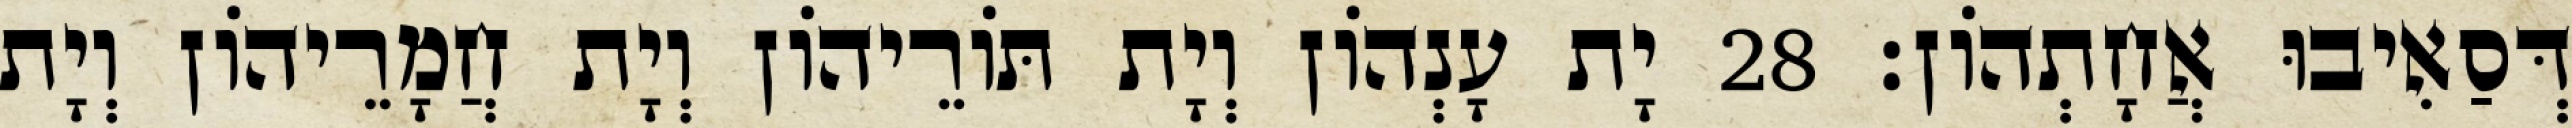
דְּסַאִיבוּ אֲחָתְהוֹן׃ 28 יָת עָנְהוֹן וְיָת תּוֹרֵיהוֹן וְיָת חֲמָרֵיהוֹן וְיָת